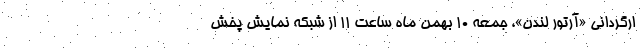
ارگردانی «آرتور لندن»، جمعه ۱۰ بهمن ماه ساعت ۱۱ از شبکه نمایش پخش